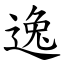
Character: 逸